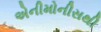
એનીમોનીસથી